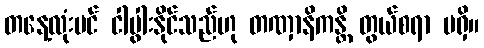
တနေ့လုံးပင် ငါပွါးနိုင်သည်ဟု တဏှာနိကန္တိ တွယ်စရာ မရှိ။